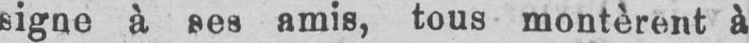
signe à ses amis, tous montèrent à